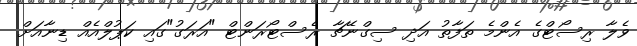
ވެލާ ރިސޯޓްގެ އެންމެ ތަފާތު އަދި ސިގްނޭޗާ ރެސްޓޯރަންޓް "އަރަގު"ގައި ކަޕުލްއެއް ޑިނާއަށް